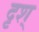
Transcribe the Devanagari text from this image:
दृश्